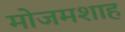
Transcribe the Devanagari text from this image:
मोजमशाह